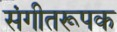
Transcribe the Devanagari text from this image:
संगीतरूपक